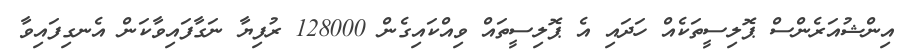
އިންޝުއަރެންސް ޕޮލިސީތަކެއް ހަދައި އެ ޕޮލިސީތައް ވިއްކައިގެން 128000 ރުފިޔާ ނަގާފައިވާކަން އެނގިފައިވާ